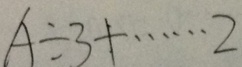
A \div 3 + \cdots 2